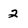
Character: 2